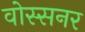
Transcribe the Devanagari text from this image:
वोस्सनर